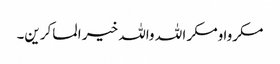
مکروا ومکر ا للہ واللہ خیر ا لماکرین۔